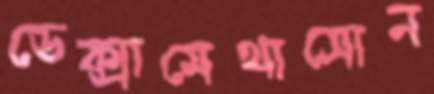
ডেক্সামেথাসোন